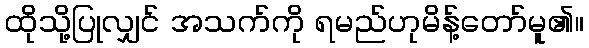
ထိုသို့ပြုလျှင် အသက်ကို ရမည်ဟုမိန့်တော်မူ၏။